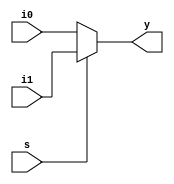
module mux_2_1(input s,i0,i1, output y);
  
  assign y= s ? i1 : i0;
  
endmodule

module mux_2_1_tb;
  
  reg s,i0,i1;
  wire y;
  
  mux_2_1 m(s,i0,i1,y);
  
  initial
    begin 
      
      $monitor("s=%0b, i0=%0b, i1=%0b, y=%0b", s, i0, i1, y);
      
      i0=0; i1=1; s=0;
      #2;
      
      s=1;
      #5;
     
    end
  initial
    begin 
      $dumpfile("mux_2_1.vcd");
      $dumpvars;
    end
endmodule